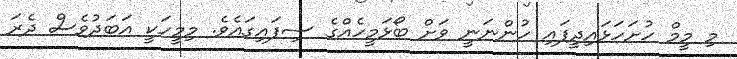
މި މީމް ހުށަހަޅައިދީފައި ހުންނަނީ ވަށް ބޯޅަމީހެއްގެ ސިފައިގައެވެ. މިމީހަކީ އަބަދުވެސް ދެރަ